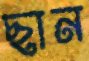
ছান